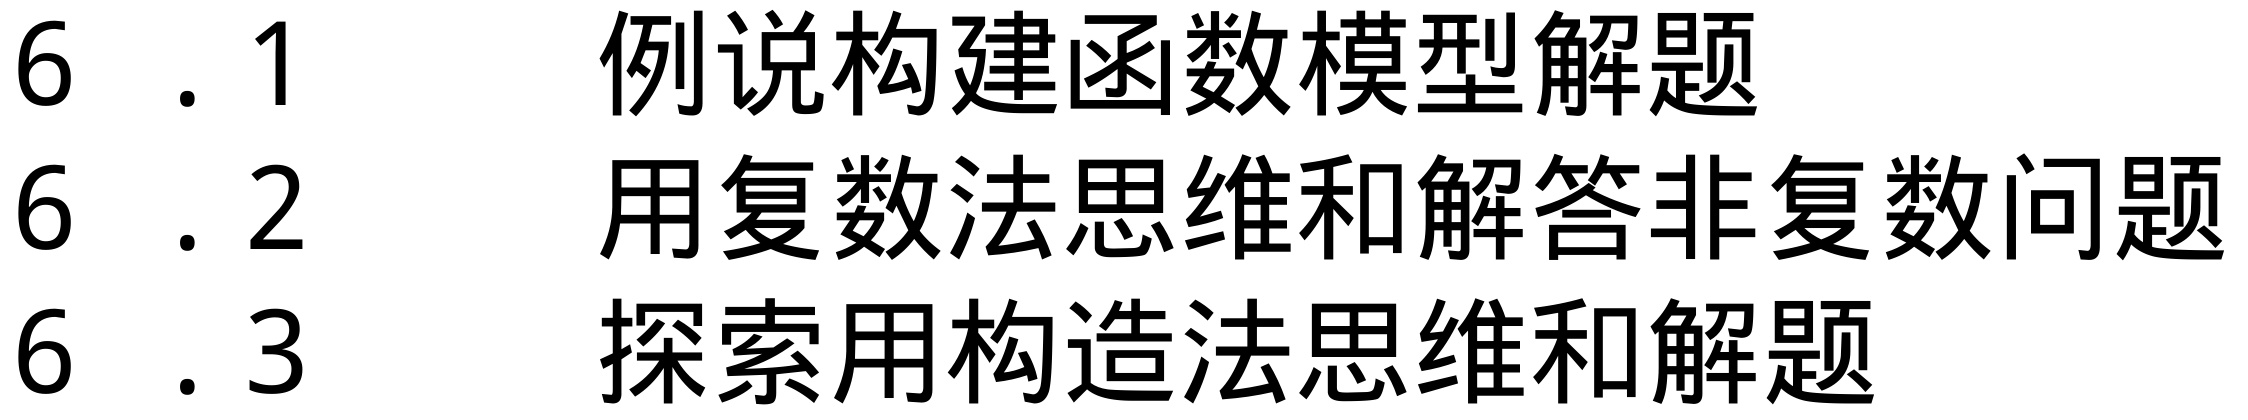
6.1 例说构建函数模型解题
6.2 用复数法思维和解答非复数问题
6.3 探索用构造法思维和解题